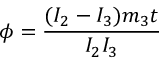
\phi = \frac { ( I _ { 2 } - I _ { 3 } ) m _ { 3 } t } { I _ { 2 } I _ { 3 } }